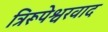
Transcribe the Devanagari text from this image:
त्रिरूपेश्वरवाद